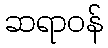
ဆရာဝန်